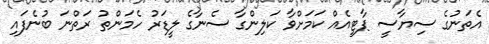
އެތަނުގެ ސިޔާސީ ޕާޓީއެއް ކަމަށްވާ ކަލިންގާ ސެނާގެ ލީޑަރު ހެމަންތު ރަތްނަ ބުނެފައި